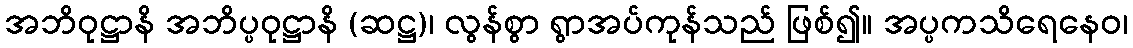
အဘိဝုဋ္ဌာနိ အဘိပ္ပဝုဋ္ဌာနိ (ဆဋ္ဌ)၊ လွန်စွာ ရွာအပ်ကုန်သည် ဖြစ်၍။ အပ္ပကသိရေနေဝ၊